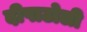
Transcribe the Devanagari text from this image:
दीपाटोली